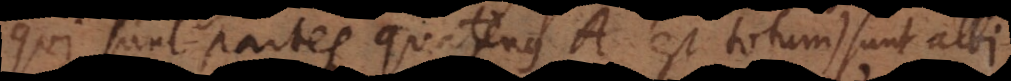
(qui sunt partes quatenus A est totum) sunt albi